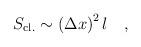
LaTeX: \begin{align*}S_{\rm cl.} \sim \left (\Delta x \right )^2 l \quad ,\end{align*}